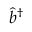
\hat { b } ^ { \dag }